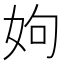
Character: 姁